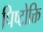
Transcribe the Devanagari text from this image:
पिष्टोक्ति